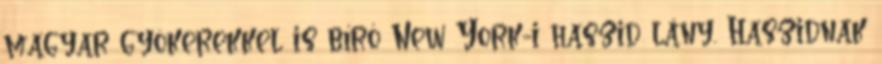
magyar gyökerekkel is bíró New York-i haszid lány. Haszidnak